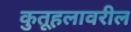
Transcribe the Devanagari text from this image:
कुतूहलावरील